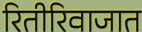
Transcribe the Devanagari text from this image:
रितीरिवाजात